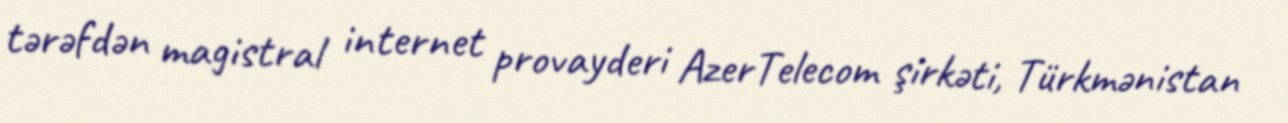
tərəfdən magistral internet provayderi AzerTelecom şirkəti, Türkmənistan